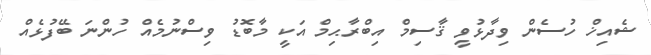
ޝެއިޚް ހުސެން ވިދާޅުވީ ޤާސިމް އިބްރާޙިމް އަކީ މާބޮޑު ވިސްނުމެއް ހުންނަ ބޭފުޅެއް